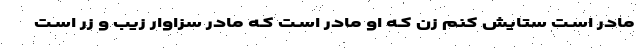
مادر اسـت ستایش کنم زن کـه او مادر اسـت کـه مادر سزاوار زیب و زر اسـت